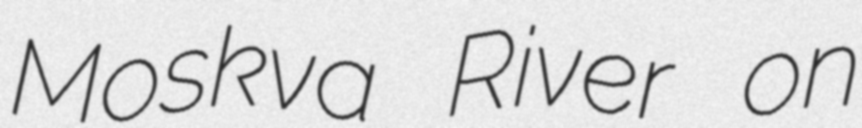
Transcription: Moskva River on